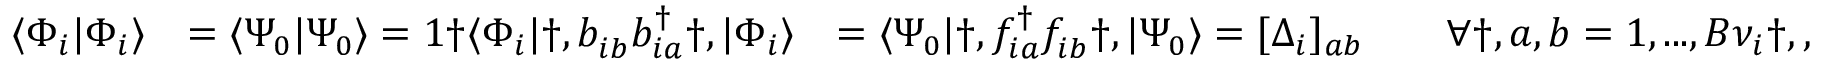
\begin{array} { r l r } { \langle \Phi _ { i } | \Phi _ { i } \rangle } & { = \langle \Psi _ { 0 } | \Psi _ { 0 } \rangle = 1 \dag \langle \Phi _ { i } | \dag , b _ { i b } ^ { \phantom { \dagger } } b _ { i a } ^ { \dagger } \dag , | \Phi _ { i } \rangle } & { = \langle \Psi _ { 0 } | \dag , f _ { i a } ^ { \dagger } f _ { i b } ^ { \phantom { \dagger } } \dag , | \Psi _ { 0 } \rangle = [ \Delta _ { i } ] _ { a b } \qquad \forall \dag , a , b = 1 , . . . , B { \nu } _ { i } \dag , , } \end{array}